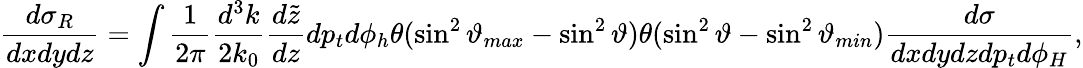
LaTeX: {\frac{d\sigma_{R}}{dxdydz}}=\int{\frac{1}{2\pi}}{\frac{d^{3}k}{2k_{0}}}{\frac{d{\tilde{z}}}{dz}}dp_{t}d\phi_{h}\theta({\sin^{2}\vartheta_{max}}-{\sin^{2}\vartheta})\theta({\sin^{2}\vartheta}-{\sin^{2}\vartheta_{min}}){\frac{d\sigma}{dxdydzdp_{t}d\phi_{H}}},